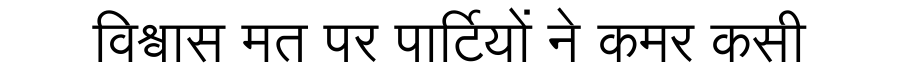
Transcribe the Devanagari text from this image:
विश्वास मत पर पार्टियों ने कमर कसी